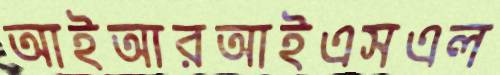
আইআরআইএসএল